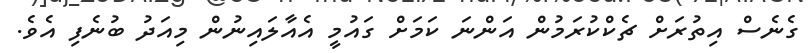
ގެނެސް އިތުރަށް ޗެކްކުރަމުން އަންނަ ކަމަށް ގައުމީ އެއާލައިނުން މިއަދު ބުނެފި އެވެ.